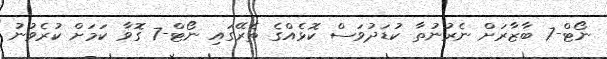
ނޯޓް-7 ބާޒާރަށް ނެރުނުތާ ކުޑަދުވަސް ކޮޅެއްގެ ތެރޭގައި ނޯޓް-7 ގޮވާ ކަމަށް ކުރެވުނު